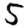
Digit: 5